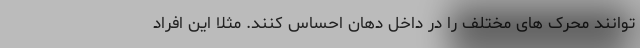
توانند محرک های مختلف را در داخل دهان احساس کنند. مثلاً این افراد